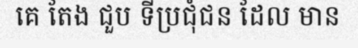
គេ តែង ជួប ទីប្រជុំជន ដែល មាន